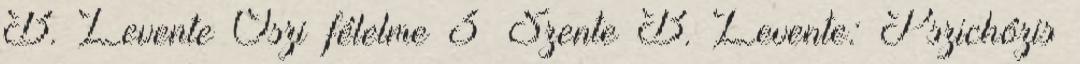
B. Levente Őszi félelme 3 Szente B. Levente: Pszichózis